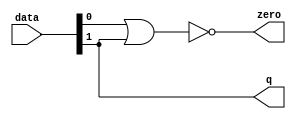
module  acl_fp_sitofp_double_altpriority_encoder_3e8
	( 
	data,
	q,
	zero) ;
	input   [1:0]  data;
	output   [0:0]  q;
	output   zero;
	assign
		q = {data[1]},
		zero = (~ (data[0] | data[1]));
endmodule